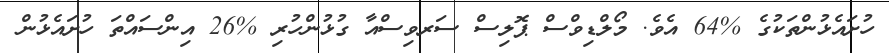
ހުށައެޅުންތަކުގެ %64 އެވެ. މޯލްޑިވްސް ޕޮލިސް ސަރވިސްއާ ގުޅުންހުރި %26 އިންސައްތަ ހުށައެޅުން